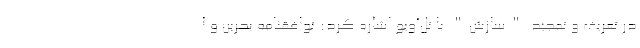
در تعریف و تمجید "سازش" با تل‌آویو اشاره کرد: توافقنامه بحرین و ا